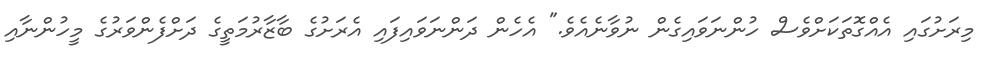
މިރަށުގައި އެއްގޮތަކަށްވެސް ހުންނަވައިގެން ނުވާނެއެވެ." އެހެން ދަންނަވައިފައި އެރަށުގެ ބާޒާރުމަތީގެ ދަށްފެންވަރުގެ މީހުންނާއި